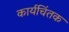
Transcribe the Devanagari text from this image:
कार्यचिंतक